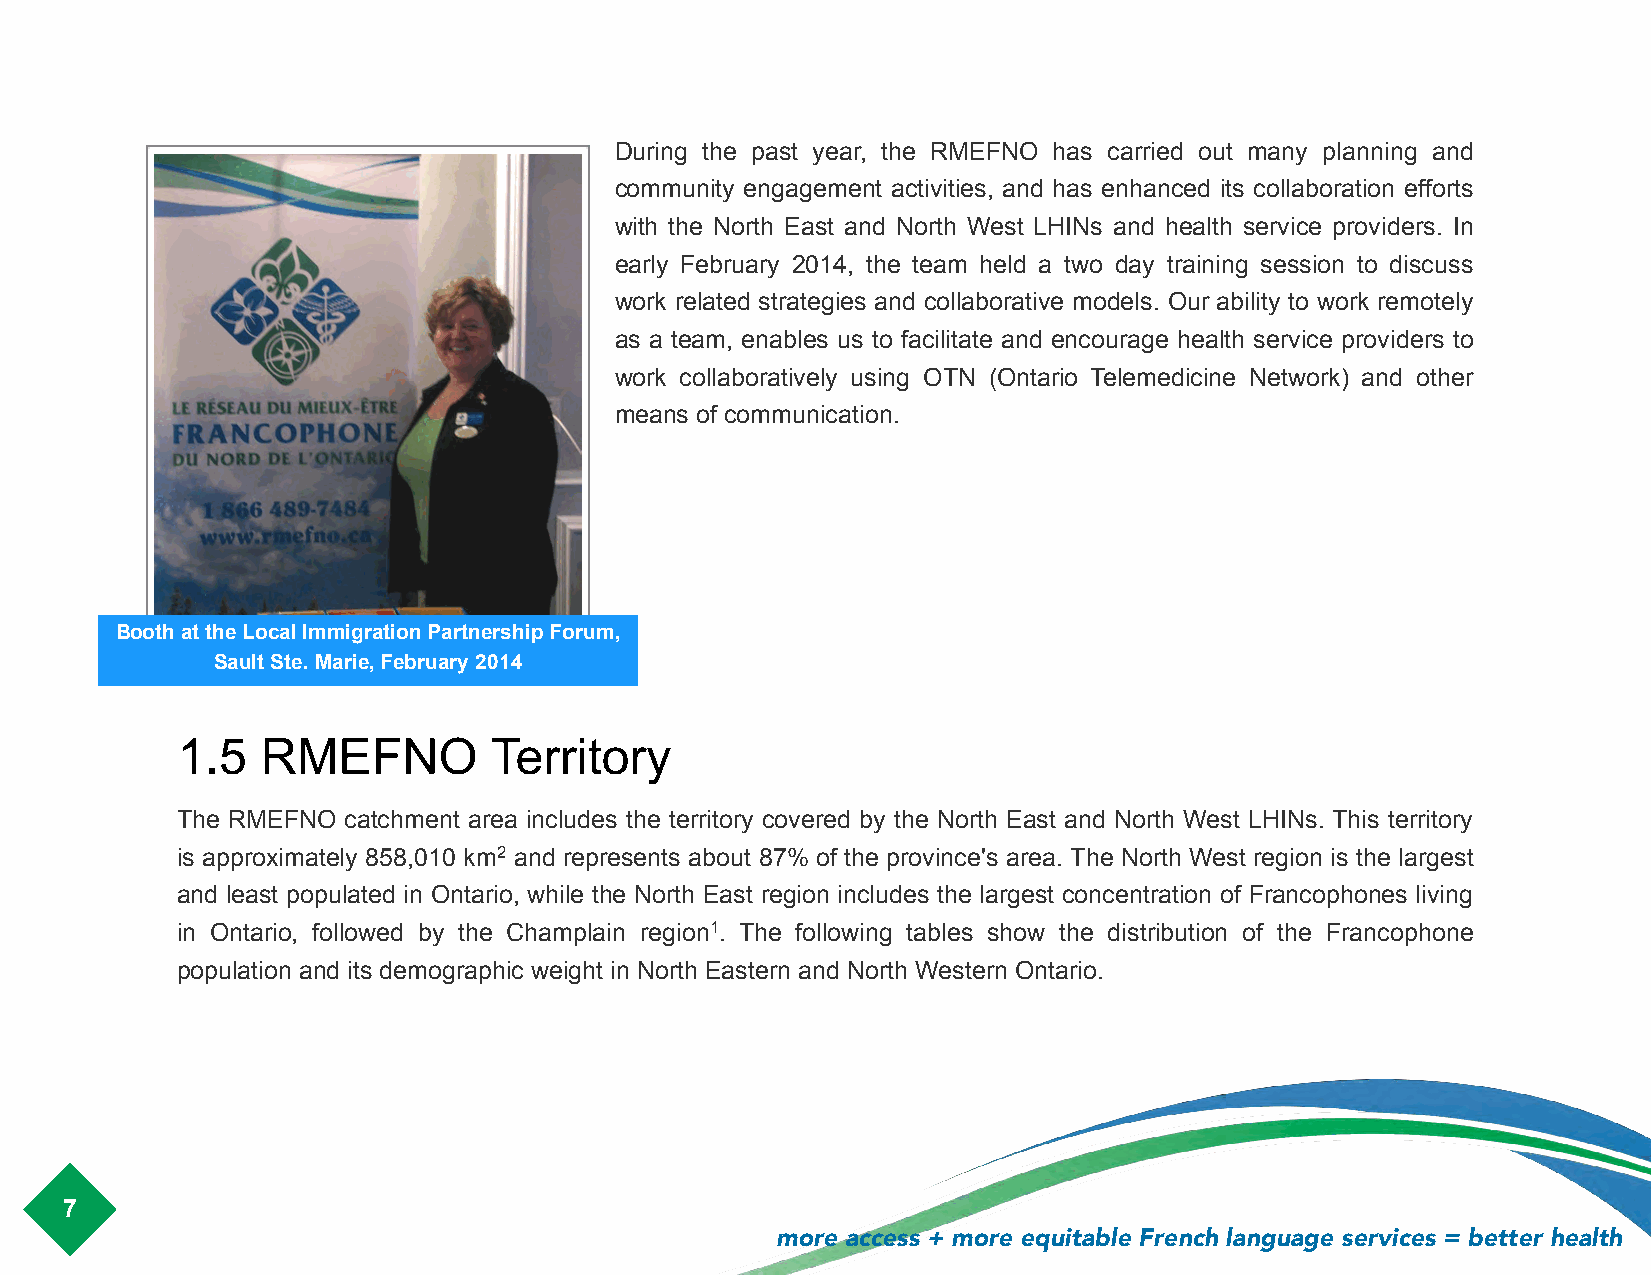
!
 During the past year, the RMEFNO has carried out many planning and
 community engagement activities, and has enhanced its collaboration efforts
 with the North East and North West LHINs and health service providers. In
 early February 2014, the team held a two day training session to discuss
 work related strategies and collaborative models. Our ability to work remotely
 as a team, enables us to facilitate and encourage health service providers to
 work collaboratively using OTN (Ontario Telemedicine Network) and other
 means of communication.
 !
 !
 !
 Booth at the Local Immigration Partnership Forum,
 Sault Ste. Marie, February 2014 !
 1.5  RMEFNO         Territory
 The RMEFNO catchment area includes the territory covered by the North East and North West LHINs. This territory
 is approximately 858,010 km2 and represents about 87% of the province's area. The North West region is the largest
 and least populated in Ontario, while the North East region includes the largest concentration of Francophones living
 in Ontario, followed by the Champlain region1. The following tables show the distribution of the Francophone
 population and its demographic weight in North Eastern and North Western Ontario.
 !
 7
 more access + more equitable French language services = better health